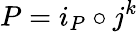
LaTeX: P=i_{P}\circ j^{k}